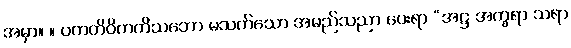
အမှာ။ ။ ပကတိဝိကတိသဘော မသက်သော အမည်သညာ ပေးရာ “အဋ္ဌ အက္ခရာ သရာ